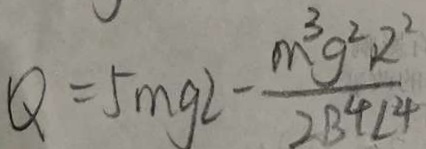
Q = 5 m g 2 - \frac { m ^ { 3 } g ^ { 2 } R ^ { 2 } } { 2 B ^ { 4 } L ^ { 4 } }